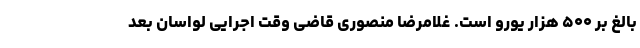
بالغ بر ۵۰۰ هزار یورو است. غلامرضا منصوری قاضی وقت اجرایی لواسان بعد